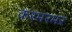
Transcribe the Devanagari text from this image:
करमरमर